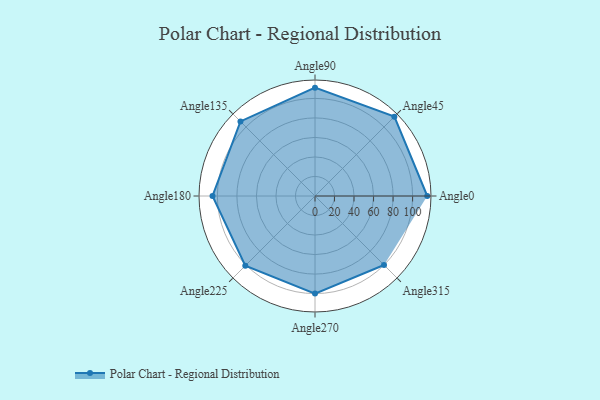
{"axis": {"x": "Angle", "y": "Radius"}, "legend": [""], "data": [{"x": "Angle0", "y": 115.0, "type": ""}, {"x": "Angle45", "y": 115.0, "type": ""}, {"x": "Angle90", "y": 111.0, "type": ""}, {"x": "Angle135", "y": 108.0, "type": ""}, {"x": "Angle180", "y": 105.0, "type": ""}, {"x": "Angle225", "y": 101.0, "type": ""}, {"x": "Angle270", "y": 100.0, "type": ""}, {"x": "Angle315", "y": 100.0, "type": ""}]}